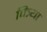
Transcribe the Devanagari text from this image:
पित्र्या